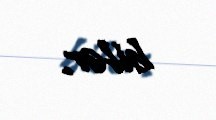
bilər.